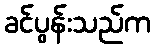
ခင်ပွန်းသည်က